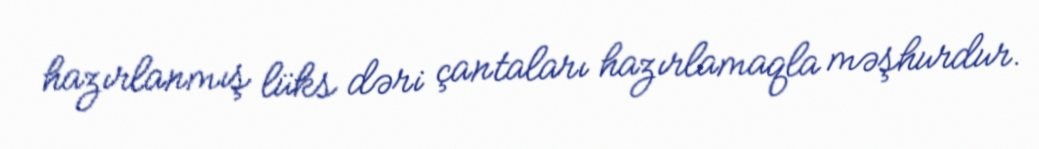
hazırlanmış lüks dəri çantaları hazırlamaqla məşhurdur.